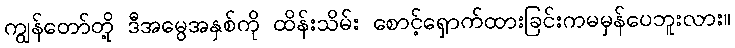
ကျွန်တော်တို့ ဒီအမွေအနှစ်ကို ထိန်းသိမ်း စောင့်ရှောက်ထားခြင်းကမမှန်ပေဘူးလား။